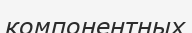
компонентных